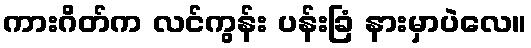
ကားဂိတ်က လင်ကွန်း ပန်းခြံ နားမှာပဲလေ။